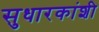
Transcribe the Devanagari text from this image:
सुधारकांशी